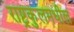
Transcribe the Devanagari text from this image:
राष्ट्रकुलमधील